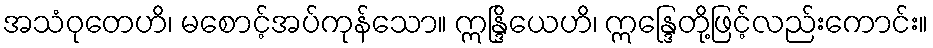
အသံဝုတေဟိ၊ မစောင့်အပ်ကုန်သော။ ဣန္ဒြိယေဟိ၊ ဣန္ဒြေတို့ဖြင့်လည်းကောင်း။